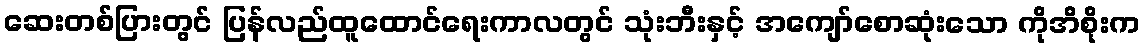
ဆေးတစ်ပြားတွင် ပြန်လည်ထူထောင်ရေးကာလတွင် သုံးဘီးနှင့် အကျော်စောဆုံးသော ကိုအိစိုးက